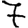
Digit: 7